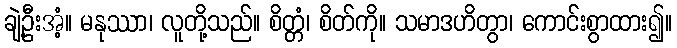
ချဲ့ဦးအံ့။ မနုဿာ၊ လူတို့သည်။ စိတ္တံ၊ စိတ်ကို။ သမာဒဟိတွာ၊ ကောင်းစွာထား၍။